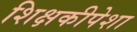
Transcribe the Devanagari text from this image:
शिक्षकीपेशा